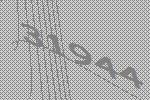
31944